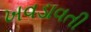
ખવડાવતી